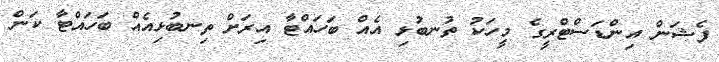
ފެޝަން އިންޑަސްޓްރީގެ މީހަކު ތުނބުޅި އެއް ބަހައްޓާ އިރަށް ތިނބުޅިއެއް ބަހައްޓާ ކަން